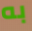
به